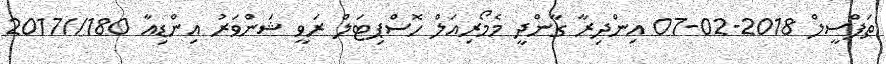
ތަފްސީލް 2018-02-07 އިންދިރާ ގާންދީ މެމޯރިއަލް ހޮސްޕިޓަލް ރަވީ ޝަންވަރު އިންޑިއާ 180//2017